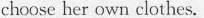
choose her own clothes.